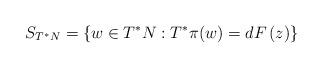
LaTeX: \begin{align*}S_{T^{\ast }N}=\left\{ w \in T^{\ast }N:T^{\ast }\pi (w)=dF\left( z\right) \right\} \end{align*}